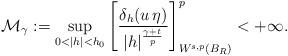
LaTeX: \begin{align*}\mathcal{M}_\gamma:=\sup_{0<|h|<h_0}\left[\frac{\delta_h (u\,\eta)}{|h|^\frac{\gamma+t}{p}}\right]^p_{W^{s,p}(B_R)}<+\infty.\end{align*}